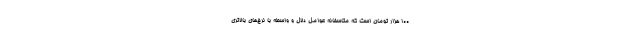
۱۰۰ هزار تومان است که متاسفانه عوامل دلال و واسطه با نرخ‌های بالاتری